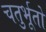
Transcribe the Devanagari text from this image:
चतुर्भूतों